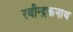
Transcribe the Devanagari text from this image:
रवीन्द्रकनाथ